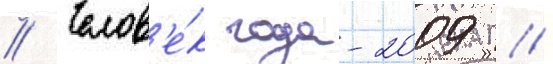
// Челов'е́к года-2009 //